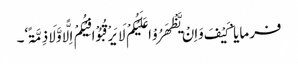
فرمایا ’کَیْفَ وَاِنْ یَّظْھَرُوْا عَلَیْکُمْ لَا یَرْقُبُوْا فِیْکُمْ اِلًّا وَّلَا ذِمَّۃً‘۔